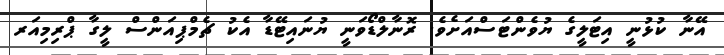
އޭނާ ކުޅުނީ އިޓަލީގެ ޔުވެންޓަސްއަށެވެ. ރޮނާލްޑޯވަނީ ޔުނައިޓޭޑާ އެކު ޗެމްޕިއަންސް ލީގާ ޕްރިމިއަރ